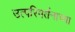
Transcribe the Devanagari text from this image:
उत्परिवर्तनाच्या